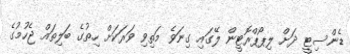
ޑެންސިޓީ ދަށް ލިޕޯޕްރޮޓީން ލޭގައި ގިނަވެ މަތިވި ވަރަކަށް ހިތުގެ ބަލިތައް ޖެހުމުގެ